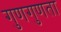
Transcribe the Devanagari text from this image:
गुणगुणता